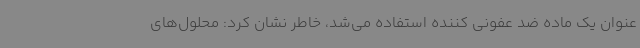
عنوان یک ماده ضد عفونی کننده استفاده می‌شد، خاطر نشان کرد: محلول‌های